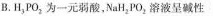
B.H_{3}PO_{2}为一元弱酸，NaH_{2}PO_{2}溶液呈碱性